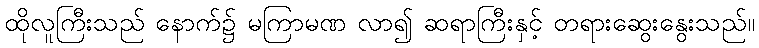
ထိုလူကြီးသည် နောက်၌ မကြာမဏ လာ၍ ဆရာကြီးနှင့် တရားဆွေးနွေးသည်။